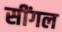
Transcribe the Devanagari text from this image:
सींगल